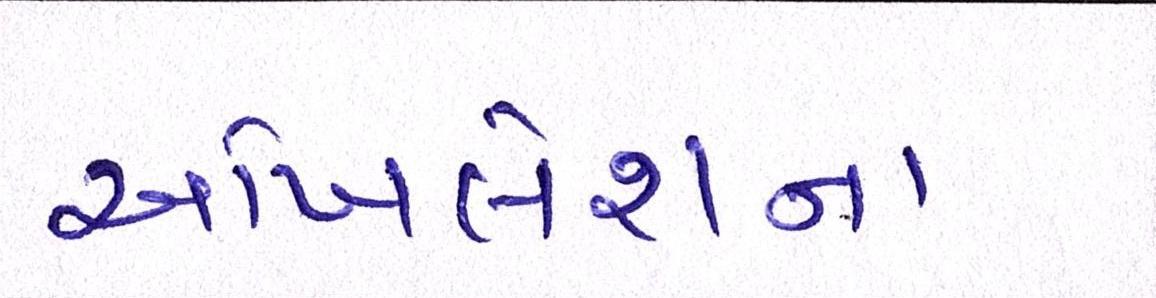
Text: અખિલેશના